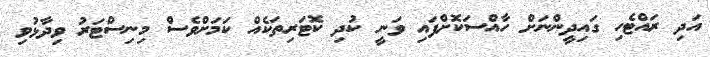
އަދި ރައްޓެހި ގައިދީންނަށް ހާއްސަކޮށްފައި ވަނީ ކުދި ކޮޓަރިތަކެއް ކަމަށްވެސް މިނިސްޓަރު ވިދާޅުވި